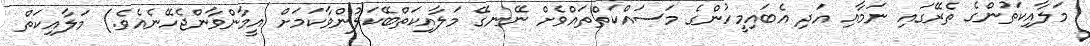
މަލާއިކަތުންގެ ތެރޭގައި ނަމާއި އަދި އެބައިމީހުންގެ މަސައްކަތްތައްވެށް ނޭނގޭ މަލާއިކަތްބޭކަލުންވާކަމަށް އީމާންވާންޖެހޭނެއެވެ.) މަލާއިކަތް